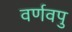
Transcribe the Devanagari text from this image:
वर्णवपु